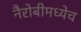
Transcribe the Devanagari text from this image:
नैरोबीमध्येच